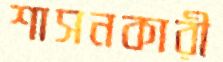
শাসনকারী